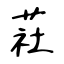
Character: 荰